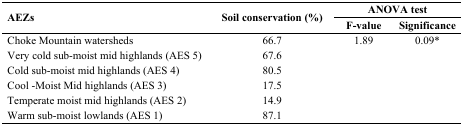
<table><thead><tr><td rowspan="2"><b>AEZs</b></td><td rowspan="2"><b>Soil conservation (%)</b></td><td colspan="2"><b>ANOVA test</b></td></tr><tr><td><b>F-value</b></td><td><b>Significance</b></td></tr></thead><tbody><tr><td>Choke Mountain watersheds</td><td>66.7</td><td rowspan="6">1.89 </td><td rowspan="6">0.09* </td></tr><tr><td>Very cold sub-moist mid highlands (AES 5) </td><td>67.6</td></tr><tr><td>Cold sub-moist mid highlands (AES 4) </td><td>80.5</td></tr><tr><td>Cool -Moist Mid highlands (AES 3) </td><td>17.5</td></tr><tr><td>Temperate moist mid highlands (AES 2) </td><td>14.9</td></tr><tr><td>Warm sub-moist lowlands (AES 1) </td><td>87.1</td></tr></tbody></table>